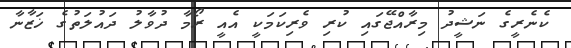
ކެނެރީގެ ނަޝީދު މިރާއްޖޭގައި ކުރި ވެރިކަމަކީ އެއީ ރޯމާ ދުވާލު ދައުލަތުގެ ޚަޒާނާ